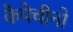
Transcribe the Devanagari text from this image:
कैपेचीनो